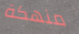
منهكة